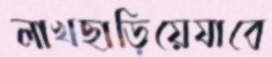
লাখছাড়িয়েযাবে